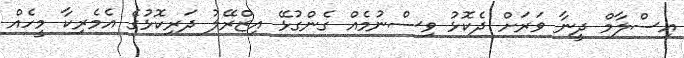
އިސްލާމް ދީނާ ވަރަށް ދެކޮޅު ވިސްނުމެއް ގެންގުޅޭ އިޒްރޭލު ދަރިކޮޅުގެ އެމެރިކާ މީހެއް